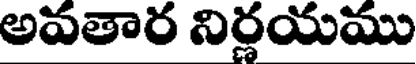
అవతార నిర్ణయము